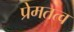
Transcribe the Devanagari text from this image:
प्रेमतत्व